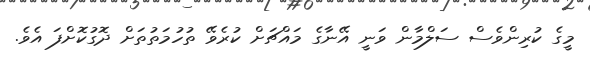
މީގެ ކުރިންވެސް ސަލްމާން ވަނީ އޭނާގެ މައްޗަށް ކުރެވޭ ތުހުމަތުތަށް ދޮގުކޮށްފަ އެވެ.